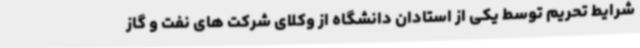
شرایط تحریم توسط یکی از استادان دانشگاه از وکلای شرکت های نفت و گاز